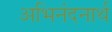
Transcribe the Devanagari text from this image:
अभिनंदनार्थ